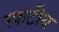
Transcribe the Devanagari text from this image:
स्फटीय